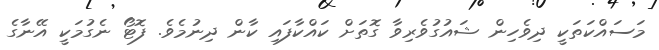
މަސައްކަތަކީ ދިވެހިން ޝައުގުވެރިވާ ގޮތަށް ކައްކާފައި ކާން ދިނުމެވެ. ފޮޓޯ ނެގުމަކީ އޭނާގެ